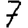
Digit: 7